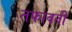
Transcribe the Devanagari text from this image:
तफावती